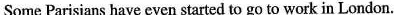
Some Parisians have even started to go to work in London.